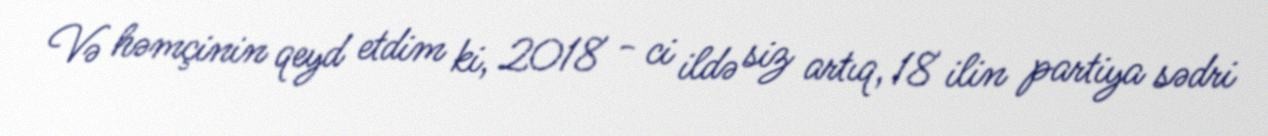
Və həmçinin qeyd etdim ki, 2018 - ci ildə siz artıq, 18 ilin partiya sədri